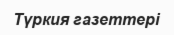
Түркия газеттері